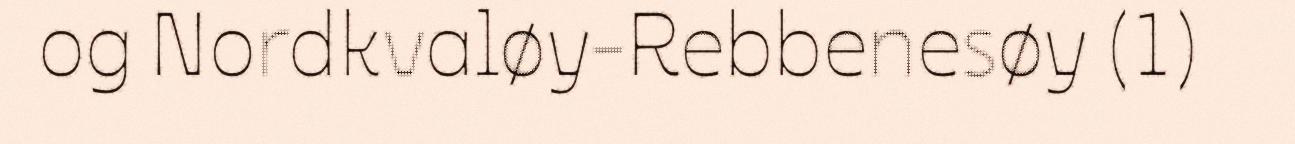
og Nordkvaløy-Rebbenesøy (1)